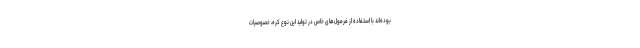
بوده‌اند با استفاده از فرمول‌های خاص در تولید این نوع کره، خصوصیات